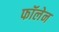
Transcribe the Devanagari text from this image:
फॉलेन